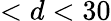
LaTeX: <d<30